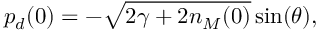
p _ { d } ( 0 ) = - \sqrt { 2 \gamma + 2 n _ { M } ( 0 ) } \sin ( \theta ) ,